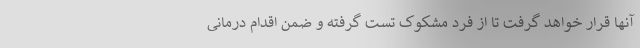
آنها قرار خواهد گرفت تا از فرد مشکوک تست گرفته و ضمن اقدام درمانی